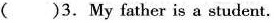
()3.My father is a student.